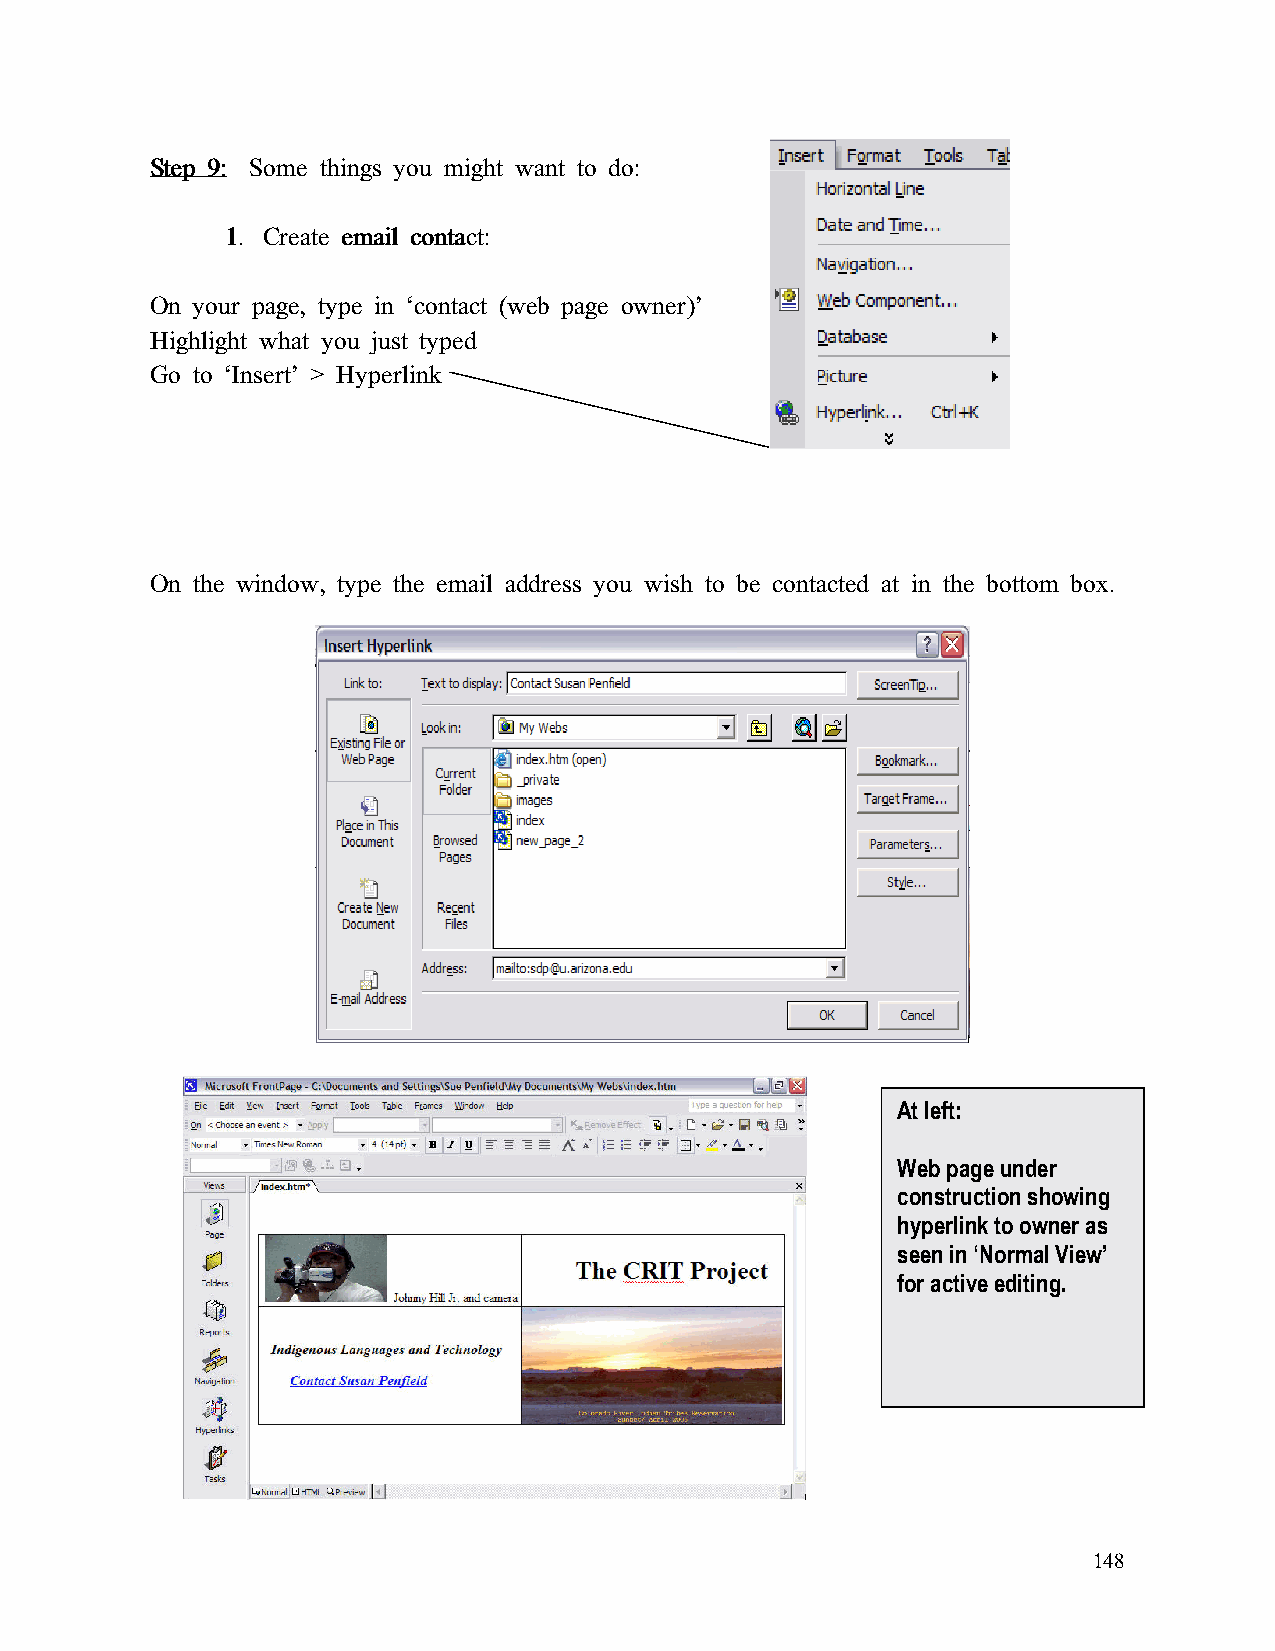
SSSStttteeeepppp 9999:::: Some things you might want to do:
 1111.... CCCCrrrreeeeaaaatttteeee eeeemmmmaaaaiiiillll ccccoooonnnnttttaaaacccctttt::::
 On your page, type in ‘contact (web page owner)’
 Highlight what you just typed
 Go to ‘Insert’ > Hyperlink
 On the window, type the email address you wish to be contacted at in the bottom box.
 At left:
 Web page under
 construction showing
 hyperlink to owner as
 seen in ‘Normal View’
 for active editing.
 148